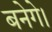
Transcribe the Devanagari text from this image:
बनेगे।